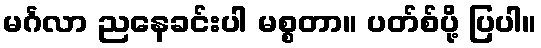
မင်္ဂလာ ညနေခင်းပါ မစ္စတာ။ ပတ်စ်ပို့ ပြပါ။